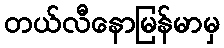
တယ်လီနောမြန်မာမှ